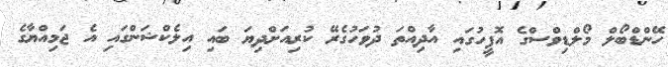
ހޭންޑްބޯލް މޯލްޑިވްސްގެ އޮފީހުގައި އާދިއްތަ ދުވަހުގެރޭ ކުރިއަށްދިޔަ ބައި އިލެކްޝަންގައި އެ ޖަމިއްޔާގެ